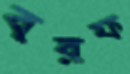
বরফ